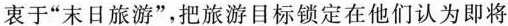
衷于”末日旅游”，把旅游目标锁定在他们认为即将